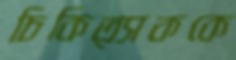
চিকিত্সককে